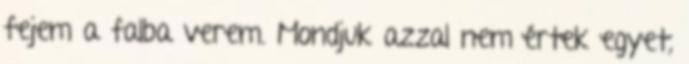
fejem a falba verem. Mondjuk azzal nem értek egyet,